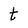
Character: t